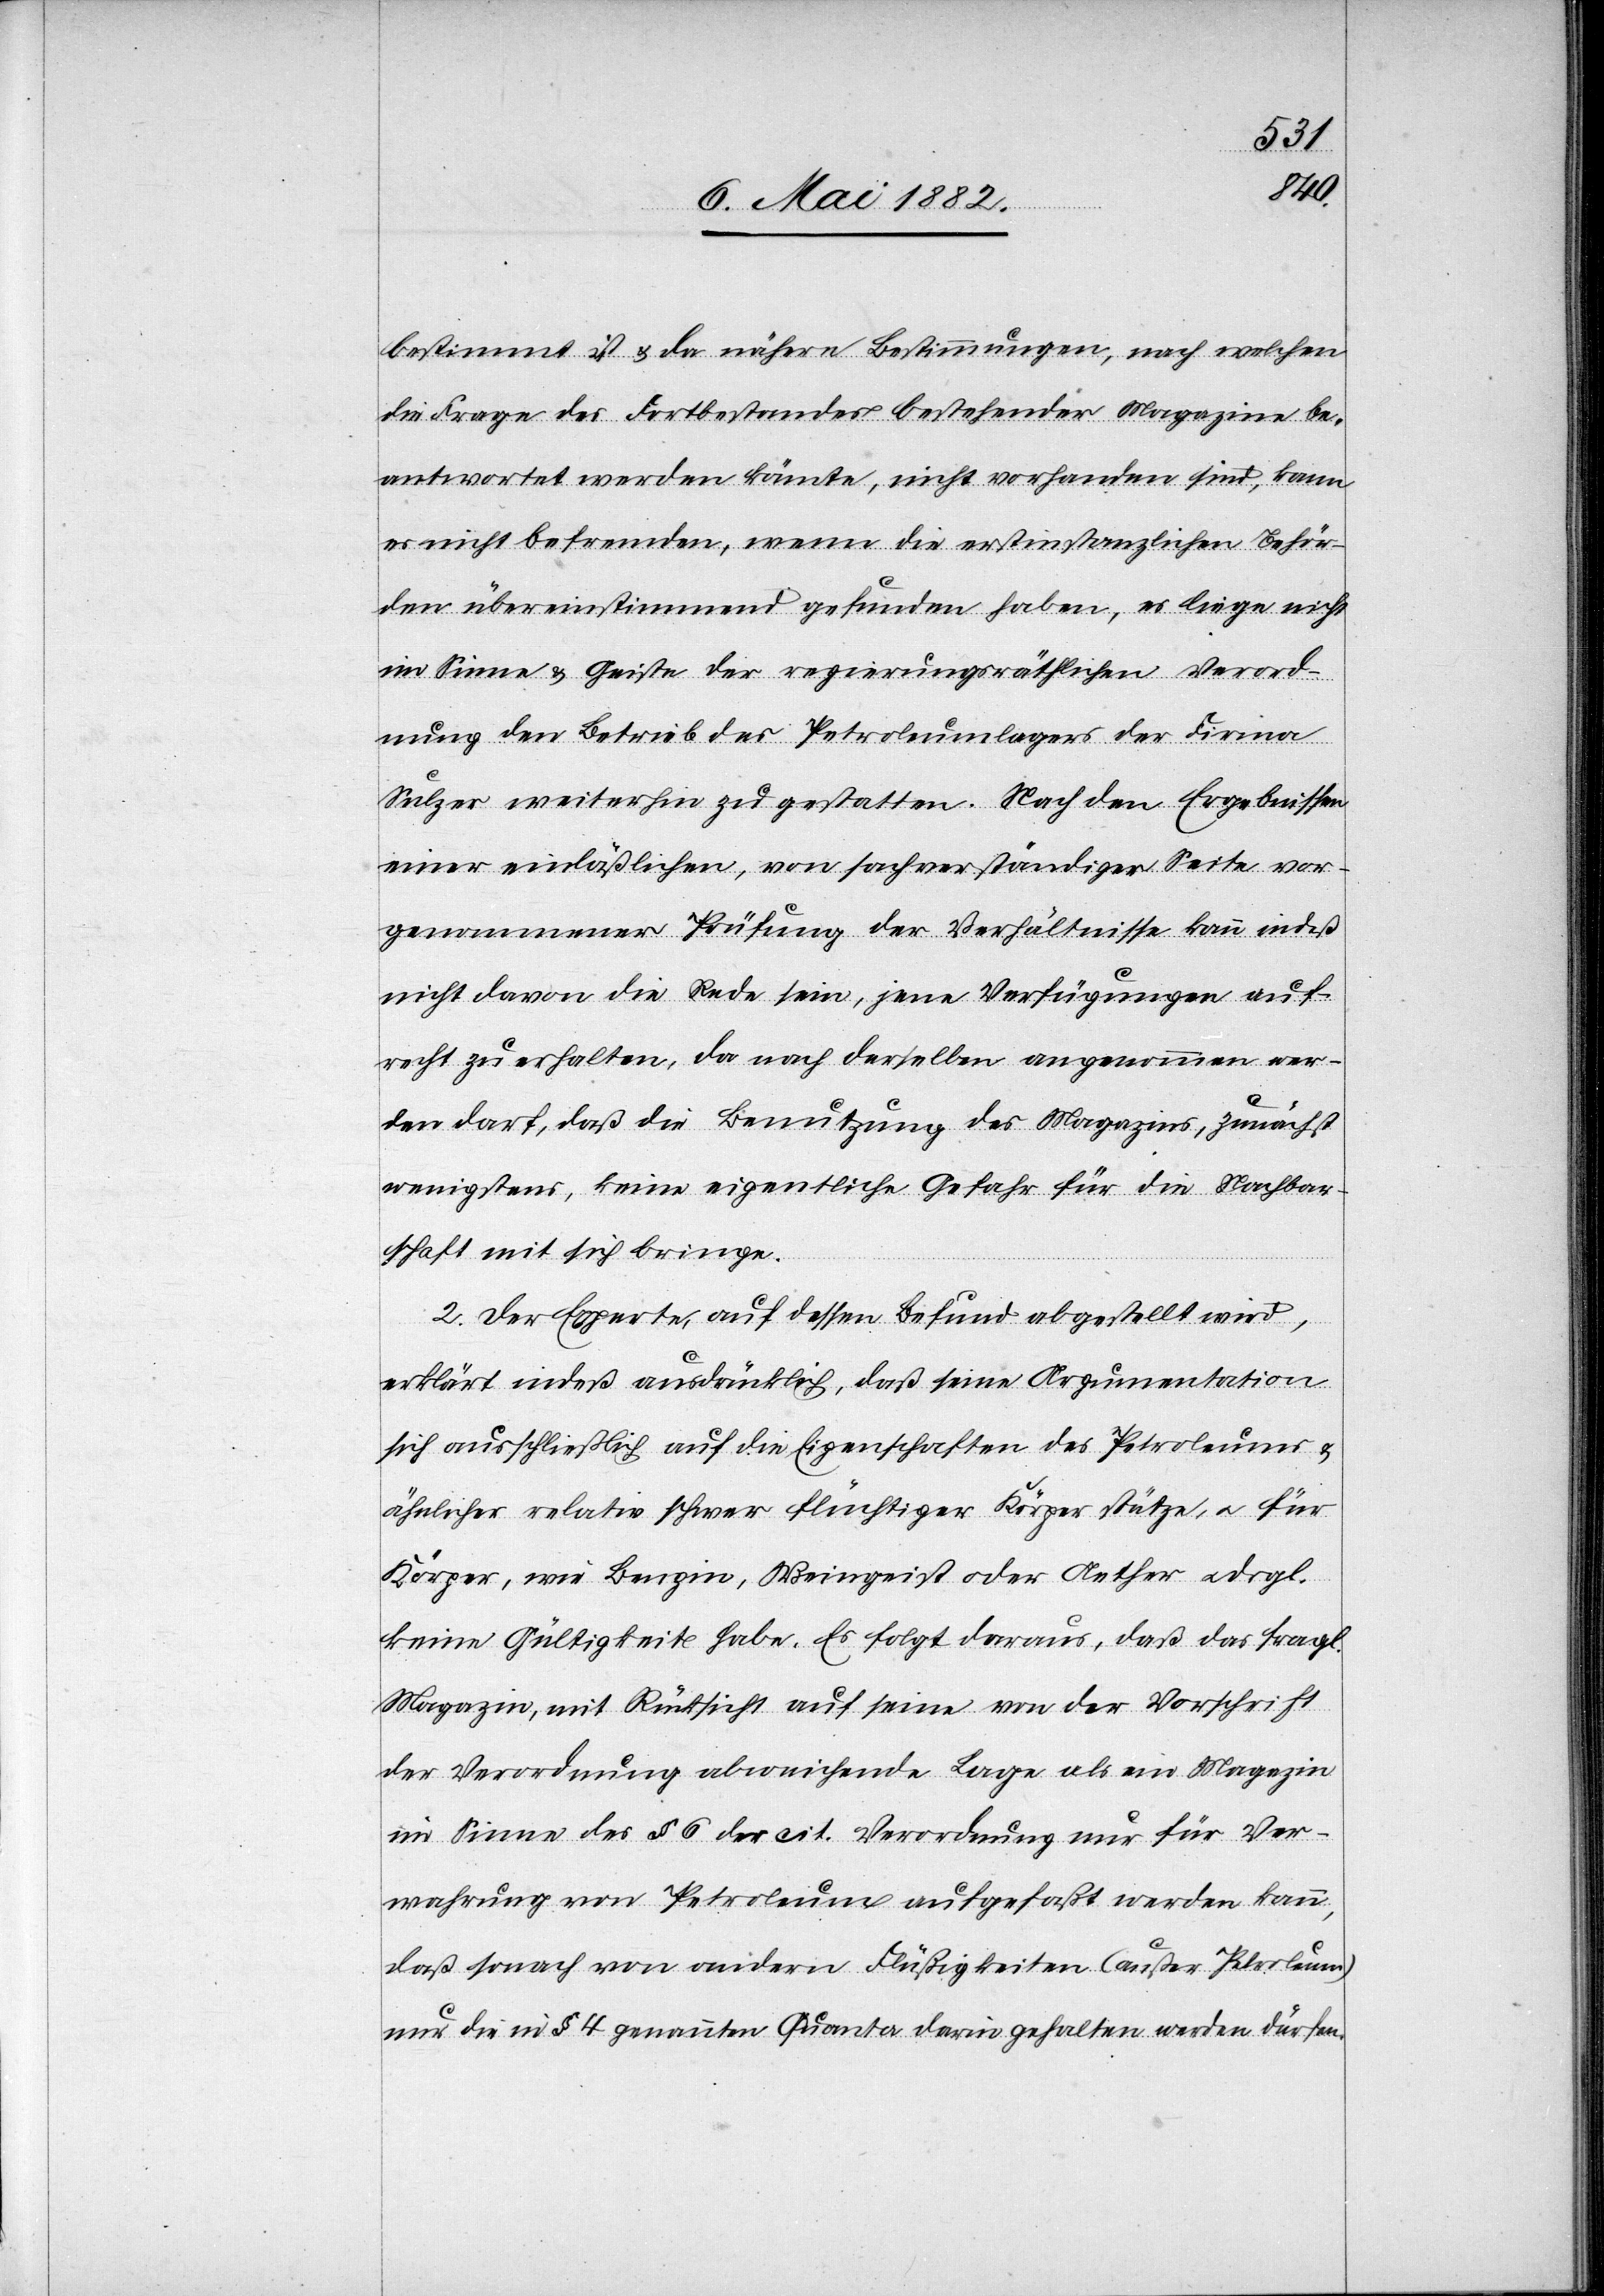
bestimmt ist & da nähere Bestimmungen, nach welchen
die Frage des Fortbestandes bestehender Magazine be¬
antwortet werden könnte, nicht vorhanden sind, kann
es nicht befremden, wenn die erstinstanzlichen Behör¬
den übereinstimmend gefunden haben, es liege nicht
im Sinne & Geiste der regierungsräthlichen Verord¬
nung den Betrieb des Petroleumlagers der Firma
Sulzer weiterhin zu gestatten. Nach den Ergebnissen
einer einläßlichen, von sachverständiger Seite vor¬
genommenen Prüfung der Verhältnisse kann indeß
nicht davon die Rede sein, jene Verfügungen auf¬
recht zu erhalten, da nach derselben angenommen wer¬
den darf, daß die Benutzung des Magazins, zunächst
wenigstens, keine eigentliche Gefahr für die Nachbar¬
schaft mit sich bringe.
2. Der Experte, auf dessen Befund abgestellt wird,
erklärt indeß ausdrücklich, daß seine Argumentation
sich ausschließlich auf die Eigenschaften des Petroleums &
ähnlich relativ schwer flüchtiger Körper stütze, u. für
Körper, wie Benzin, Weingeist oder Aether u. dergl.
keine Gültigkeit habe. Es folgt daraus, daß das fragl.
Magazin, mit Rücksicht auf seine von der Vorschrift
der Verordnung abweichende Lage als ein Magazin
im Sinne des § 6 der cit. Verordnung nur für Ver¬
wahrung von Petroleum aufgefaßt werden kann,
daß sonach von andern Flüßigkeiten (außer Petroleum)
nur die in § 4 genannten Quanta darin gehalten werden dürfen.